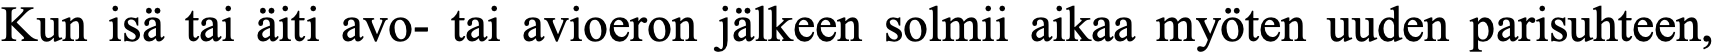
Kun isä tai äiti avo- tai avioeron jälkeen solmii aikaa myöten uuden parisuhteen,